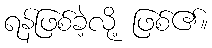
ရန်ဖြစ်ခဲ့လို့ ဖြစ်၏။